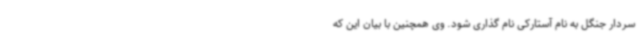
سردار جنگل به نام آستارکی نام گذاری شود. وی همچنین با بیان این که